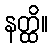
နတ္ထိ။